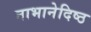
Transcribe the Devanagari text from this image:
नाभानेदिष्ठ